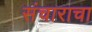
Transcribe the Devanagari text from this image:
संचाराचा